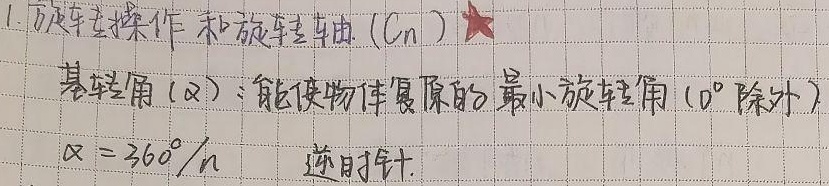
1. 旋转操作和旋转轴 (\(C_n\))
★基转角 (\(\alpha\))：能使物体复原的最小旋转角 (\(0^{\circ}\)除外)
\(\alpha = 360^{\circ}/n\) 逆时针。